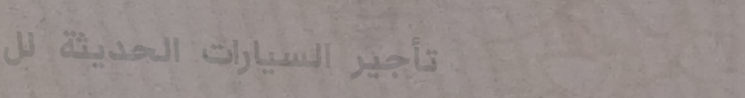
تأجير السيارات الحديثة لل